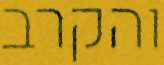
והקרב